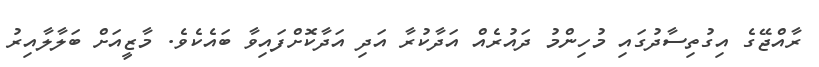
ރާއްޖޭގެ އިގުތިސާދުގައި މުހިންމު ދައުރެއް އަދާކުރާ އަދި އަދާކޮށްފައިވާ ބައެކެވެ. މާޒީއަށް ބަލާލާއިރު